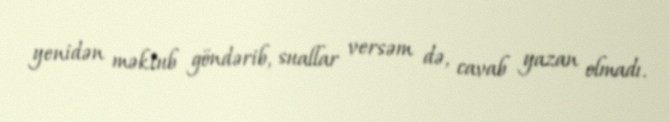
yenidən məktub göndərib, suallar versəm də, cavab yazan olmadı.